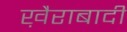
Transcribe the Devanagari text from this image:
ख़ैराबादी